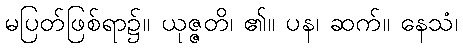
မပြတ်ဖြစ်ရာ၌။ ယုဇ္ဇတိ၊ ၏။ ပန၊ ဆက်။ နေသံ၊